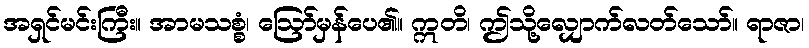
အရှင်မင်းကြီး။ အာမသစ္စံ၊ ဩော်မှန်ပေ၏။ ဣတိ၊ ဤသို့လျှောက်လတ်သော်။ ရာဇာ၊